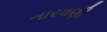
તારવણી